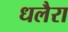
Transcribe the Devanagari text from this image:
धलैरा